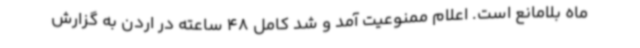
ماه بلامانع است. اعلام ممنوعیت آمد و شد کامل 48 ساعته در اردن به گزارش